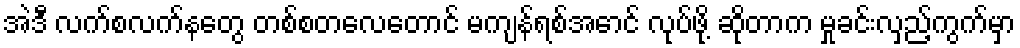
အဲဒီ လက်စလက်နတွေ တစ်စတလေတောင် မကျန်ရစ်အောင် လုပ်ဖို့ ဆိုတာက မှုခင်းလှည့်ကွက်မှာ